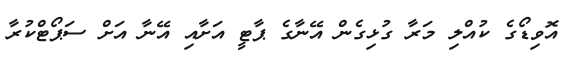
އޮވިޑޯގެ ކުއްލި މަރާ ގުޅިގެން އޭނާގެ ޕާޓީ އަށާއި އޭނާ އަށް ސަޕޯޓްކުރާ